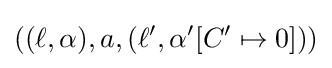
((\ell ,\alpha ),a,(\ell ',\alpha '[C'\mapsto 0]))